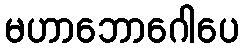
မဟာဘောဂေါပေ